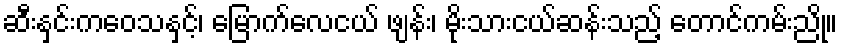
ဆီးနှင်းကဝေသနှင့်၊ မြောက်လေငယ် ဖျန်း၊ မိုးသားငယ်ဆန်းသည့် တောင်ကမ်းညို။